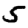
Digit: 5